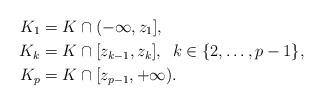
LaTeX: \begin{align*} K_1 &= K\cap (-\infty,z_1], \\ K_{k}&= K\cap [z_{k-1},z_{k}], \; \; k \in \{2, \ldots, p-1\}, \\K_p &= K\cap [z_{p-1}, +\infty).\end{align*}